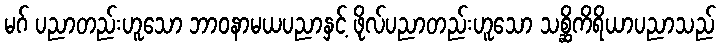
မဂ် ပညာတည်းဟူသော ဘာဝနာမယပညာနှင့် ဖိုလ်ပညာတည်းဟူသော သစ္ဆိကိရိယာပညာသည်